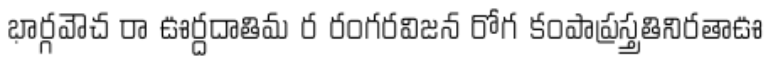
భార్గవౌచ రా ఊర్దదాతిమ ర రంగరవిజన రోగ కంపాప్రస్త్రతినిరతాఊ